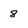
Character: 8